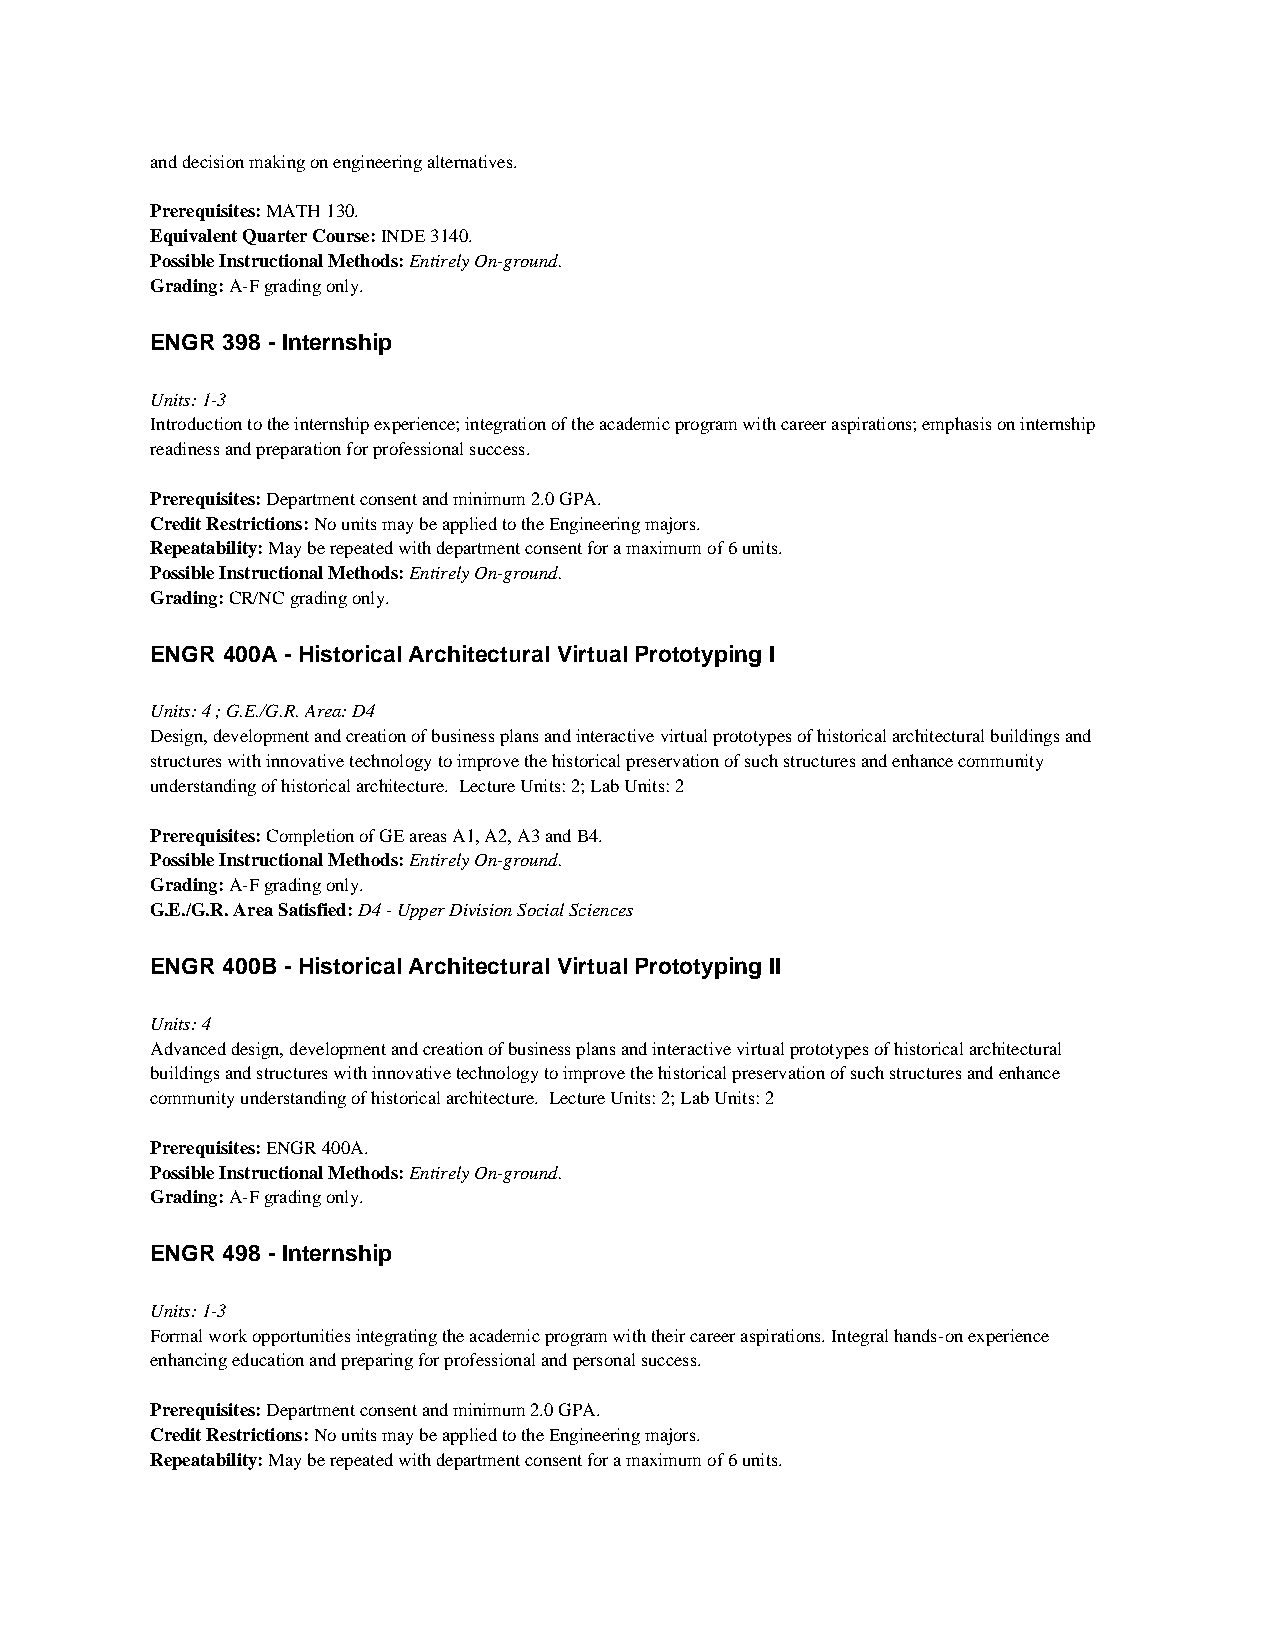
and decision making on engineering alternatives.
 Prerequisites: MATH 130.
 Equivalent Quarter Course: INDE 3140.
 Possible Instructional Methods: Entirely On-ground.
 Grading: A-F grading only.
 ENGR 398 - Internship
 Units: 1-3
 Introduction to the internship experience; integration of the academic program with career aspirations; emphasis on internship
 readiness and preparation for professional success.
 Prerequisites: Department consent and minimum 2.0 GPA.
 Credit Restrictions: No units may be applied to the Engineering majors.
 Repeatability: May be repeated with department consent for a maximum of 6 units.
 Possible Instructional Methods: Entirely On-ground.
 Grading: CR/NC grading only.
 ENGR 400A - Historical Architectural Virtual Prototyping I
 Units: 4 ; G.E./G.R. Area: D4
 Design, development and creation of business plans and interactive virtual prototypes of historical architectural buildings and
 structures with innovative technology to improve the historical preservation of such structures and enhance community
 understanding of historical architecture. Lecture Units: 2; Lab Units: 2
 Prerequisites: Completion of GE areas A1, A2, A3 and B4.
 Possible Instructional Methods: Entirely On-ground.
 Grading: A-F grading only.
 G.E./G.R. Area Satisfied: D4 - Upper Division Social Sciences
 ENGR 400B - Historical Architectural Virtual Prototyping II
 Units: 4
 Advanced design, development and creation of business plans and interactive virtual prototypes of historical architectural
 buildings and structures with innovative technology to improve the historical preservation of such structures and enhance
 community understanding of historical architecture. Lecture Units: 2; Lab Units: 2
 Prerequisites: ENGR 400A.
 Possible Instructional Methods: Entirely On-ground.
 Grading: A-F grading only.
 ENGR 498 - Internship
 Units: 1-3
 Formal work opportunities integrating the academic program with their career aspirations. Integral hands-on experience
 enhancing education and preparing for professional and personal success.
 Prerequisites: Department consent and minimum 2.0 GPA.
 Credit Restrictions: No units may be applied to the Engineering majors.
 Repeatability: May be repeated with department consent for a maximum of 6 units.